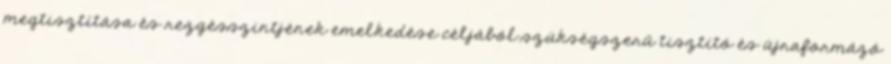
megtisztítása és rezgésszintjének emelkedése céljából szükségszerű tisztító és újraformázó